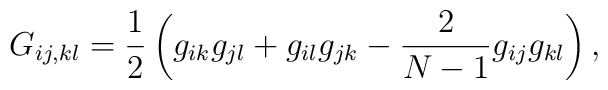
G_{ij,kl} = \frac{1}{2} \left(g_{ik} g_{jl} + g_{il} g_{jk} -\frac{2}{N-1} g_{ij} g_{kl}\right),